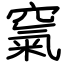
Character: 𥧔